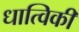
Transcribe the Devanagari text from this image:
धात्विकी